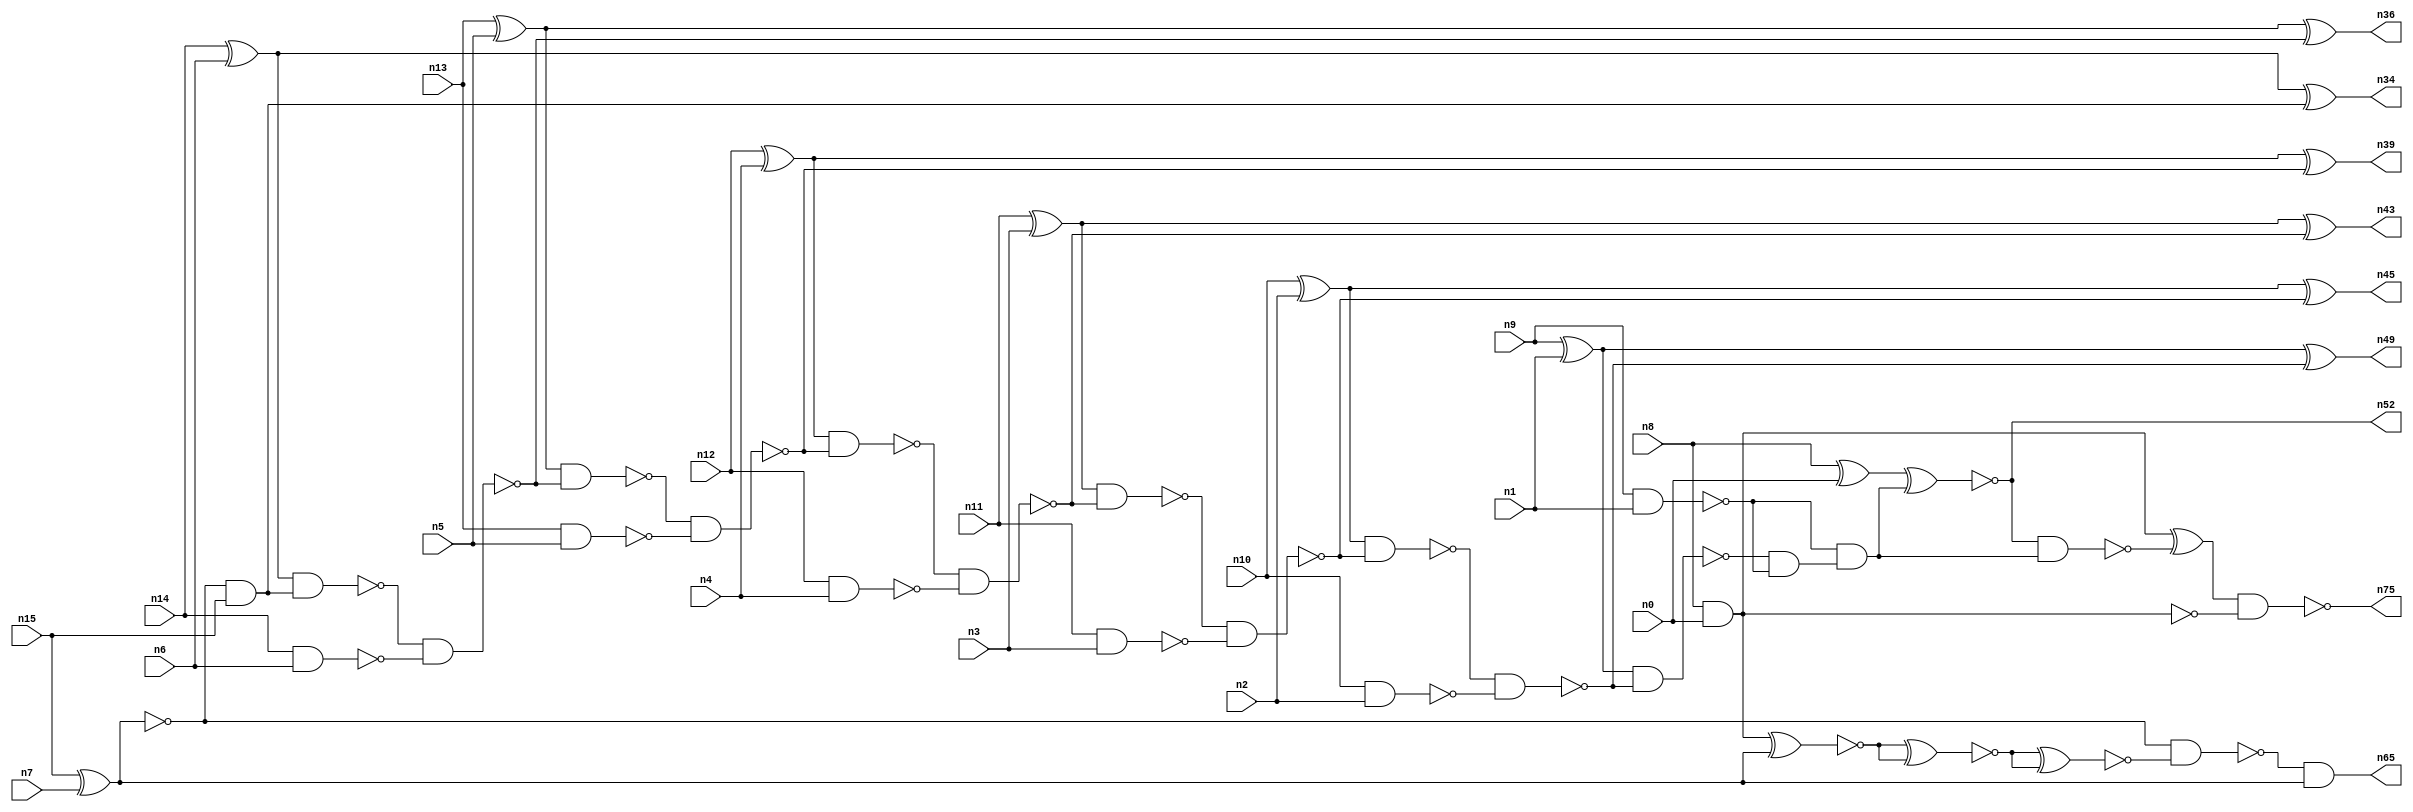
// This file contains a pareto-optimal circuit with respect to area and the fault-resilince parameter p_fault which is defined as:
// "For all input vectors, the ratio of the no. of faults observable at the POs to the no. of total possible faults in the circuit".
// This code is part of the ReCkt library (https://github.com/umar-afzaal/ReCkt) distributed under The MIT License.
// When used, please cite the following article(s):
// U. Afzaal, A.S. Hassan, M. Usman and J.A. Lee, "On the Evolutionary Synthesis of Increased Fault-resilience Arithmetic Circuits".

// p_fault = 86.8 %    (Lower is better)
// gates = 46.0
// levels = 19
// area = 64.62    (For MCNC library relative to nand2)
// power = 286.4 uW    (Berkely-SIS for MCNC library @ Vdd=5V and 20 MHz clock)
// delay = 24.8 ns    (Berkely-ABC for MCNC library)
// PDP = 7.10272e-12 J

// Pin mapping:
// {n0, n1, n2, n3, n4, n5, n6, n7} = A[7:0]
// {n8, n9, n10, n11, n12, n13, n14, n15} = B[7:0]
// {n75, n52, n49, n45, n43, n39, n36, n34, n65} = O[8:0]

module addr8s_area_15 (
n0, n1, n2, n3, n4, n5, n6, n7, n8, n9, n10, n11, n12, n13, n14, n15, 
n75, n52, n49, n45, n43, n39, n36, n34, n65
);

input n0, n1, n2, n3, n4, n5, n6, n7, n8, n9, n10, n11, n12, n13, n14, n15;
output n75, n52, n49, n45, n43, n39, n36, n34, n65;
wire n22, n42, n28, n21, n54, n71, n30, n16, n27, n24, n56, n20, n53, n32, n18, n55, n51, n31, n25, n58, 
n41, n26, n37, n35, n29, n17, n38, n19, n50, n46, n47, n23, n40, n48, n57, n33, n44;

nand (n16, n14, n6);
nand (n17, n9, n1);
nand (n18, n13, n5);
nand (n19, n8, n0);
xor (n20, n8, n0);
nand (n21, n10, n2);
xor (n22, n12, n4);
xnor (n23, n15, n7);
xor (n24, n10, n2);
and (n25, n23, n15);
nand (n26, n11, n3);
xor (n27, n14, n6);
xor (n28, n9, n1);
nand (n29, n12, n4);
xor (n30, n13, n5);
xor (n31, n11, n3);
nand (n32, n23, n23);
nand (n33, n27, n25);
xor (n34, n27, n25);
nand (n35, n33, n16);
xor (n36, n30, n35);
nand (n37, n30, n35);
nand (n38, n37, n18);
xor (n39, n22, n38);
nand (n40, n22, n38);
nand (n41, n40, n29);
nand (n42, n31, n41);
xor (n43, n31, n41);
nand (n44, n42, n26);
xor (n45, n24, n44);
nand (n46, n24, n44);
nand (n47, n46, n21);
nand (n48, n28, n47);
xor (n49, n28, n47);
and (n50, n48, n17);
and (n51, n17, n50);
xnor (n52, n20, n51);
nand (n53, n52, n51);
nand (n54, n19, n19);
xnor (n55, n54, n32);
xnor (n56, n55, n55);
xnor (n57, n56, n56);
nand (n58, n23, n57);
and (n65, n58, n32);
xor (n71, n54, n53);
nand (n75, n71, n19);

endmodule